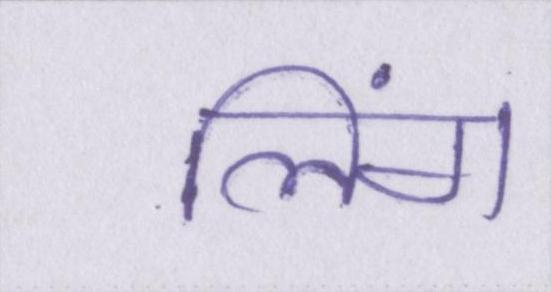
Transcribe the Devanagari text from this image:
लिंग